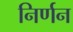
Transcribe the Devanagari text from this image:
निर्णन